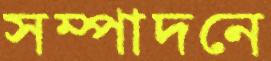
সম্পাদনে